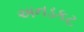
અનડકટ